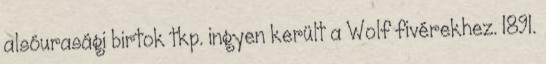
alsóurasági birtok tkp. ingyen került a Wolf fivérekhez. 1891.